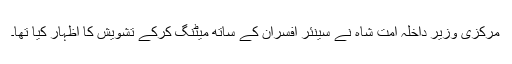
مرکزی وزیر داخلہ امت شاہ نے سینئر افسران کے ساتھ میٹنگ کرکے تشویش کا اظہار کیا تھا۔